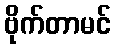
ဗိုက်တာမင်